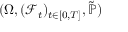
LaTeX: ( \Omega , ( { \mathcal { F } } _ { t } ) _ { t \in [ 0 , T ] } , { \tilde { \mathbb { P } } } )